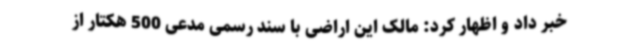
خبر داد و اظهار کرد: مالک این اراضی با سند رسمی مدعی 500 هکتار از